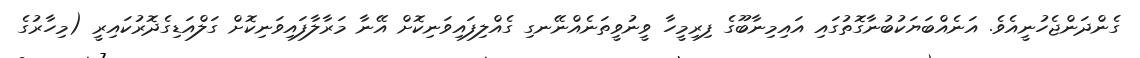
ގެންދަންޖެހުނީއެވެ. އަނެއްބަޔަކުބުނާގޮތުގައި އައިމިނާބޫގެ ފިރިމީހާ ވީނުވީތަނެއްނޭނގި ގެއްލިފައިވަނިކޮށް އޭނާ މަރާލާފައިވަނިކޮށް ގަލްއަޑިގެދޮރުކައިރީ (މިހާރުގެ